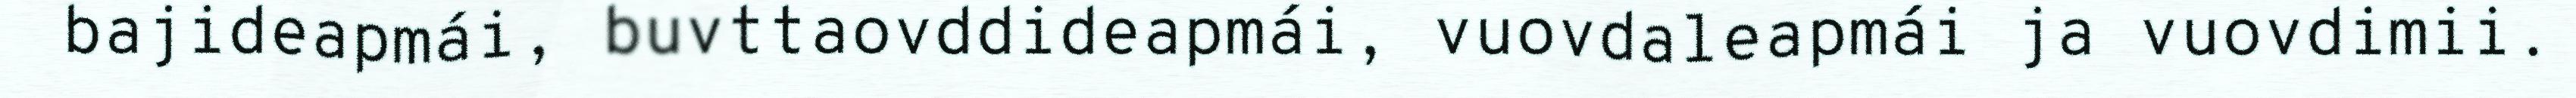
bajideapmái, buvttaovddideapmái, vuovdaleapmái ja vuovdimii.